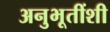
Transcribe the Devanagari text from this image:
अनुभूतींशी